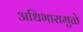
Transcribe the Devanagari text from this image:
अधिभारामुळे